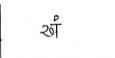
मजकूर: खं